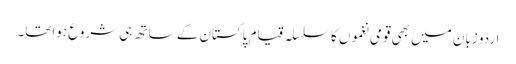
اردو زبان میں بھی قومی نغموں کا سلسلہ قیامِ پاکستان کے ساتھ ہی شروع ہواتھا۔